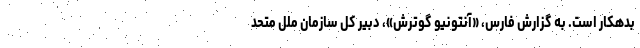
بدهکار است. به گزارش فارس، «آنتونیو گوترش»، دبیر کل سازمان ملل متحد